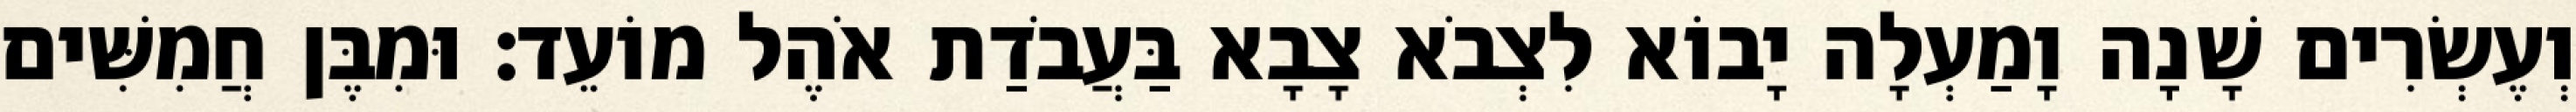
וְעֶשְׂרִים שָׁנָה וָמַעְלָה יָבוֹא לִצְבֹא צָבָא בַּעֲבֹדַת אֹהֶל מוֹעֵד׃ וּמִבֶּן חֲמִשִּׁים